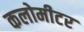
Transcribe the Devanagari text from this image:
कलोमीटर